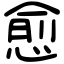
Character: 愈